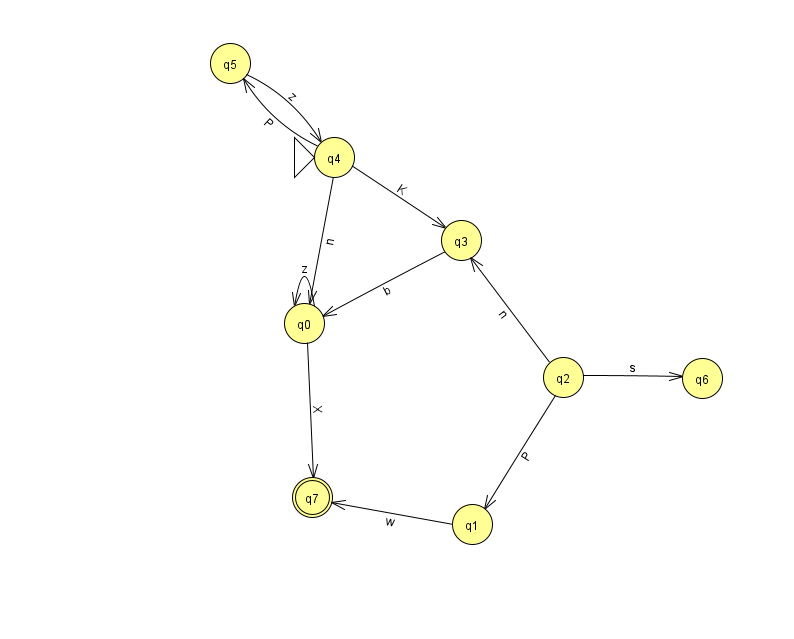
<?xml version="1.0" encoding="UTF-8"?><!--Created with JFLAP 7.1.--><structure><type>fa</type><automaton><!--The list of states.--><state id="0" name="q0"><x>304.0</x><y>310.0</y></state><state id="1" name="q1"><x>472.0</x><y>511.0</y></state><state id="2" name="q2"><x>563.0</x><y>364.0</y></state><state id="3" name="q3"><x>461.0</x><y>227.0</y></state><state id="4" name="q4"><x>334.0</x><y>144.0</y><initial/></state><state id="5" name="q5"><x>230.0</x><y>50.0</y></state><state id="6" name="q6"><x>702.0</x><y>365.0</y></state><state id="7" name="q7"><x>312.0</x><y>484.0</y><final/></state><!--The list of transitions.--><transition><from>1</from><to>7</to><read>w</read></transition><transition><from>3</from><to>0</to><read>b</read></transition><transition><from>4</from><to>0</to><read>n</read></transition><transition><from>5</from><to>4</to><read>z</read></transition><transition><from>2</from><to>1</to><read>P</read></transition><transition><from>4</from><to>3</to><read>K</read></transition><transition><from>0</from><to>7</to><read>X</read></transition><transition><from>0</from><to>0</to><read>z</read></transition><transition><from>2</from><to>6</to><read>s</read></transition><transition><from>2</from><to>3</to><read>n</read></transition><transition><from>4</from><to>5</to><read>P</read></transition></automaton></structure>